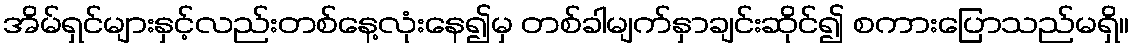
အိမ်ရှင်များနှင့်လည်းတစ်နေ့လုံးနေ၍မှ တစ်ခါမျက်နှာချင်းဆိုင်၍ စကားပြောသည်မရှိ။